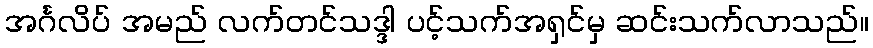
အင်္ဂလိပ် အမည် လက်တင်သဒ္ဒါ ပင့်သက်အရှင်မှ ဆင်းသက်လာသည်။